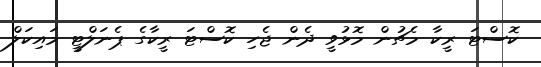
ކޮސްޓަ ރީކާ މެޗުން މޮޅުވީ ދެން ޖެހި ކޮސްޓަ ރީކާގެ ޕެނަލްޓީ މައިކަލް